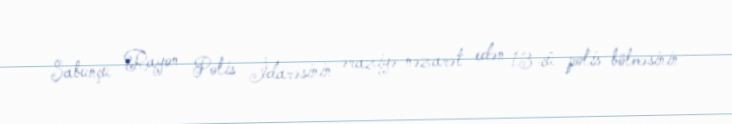
Sabunçu Rayon Polis İdarəsinin əraziyə nəzarət edən 13-cü polis bölməsinin